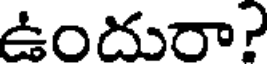
ఉందురా?